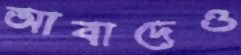
আবাদেও